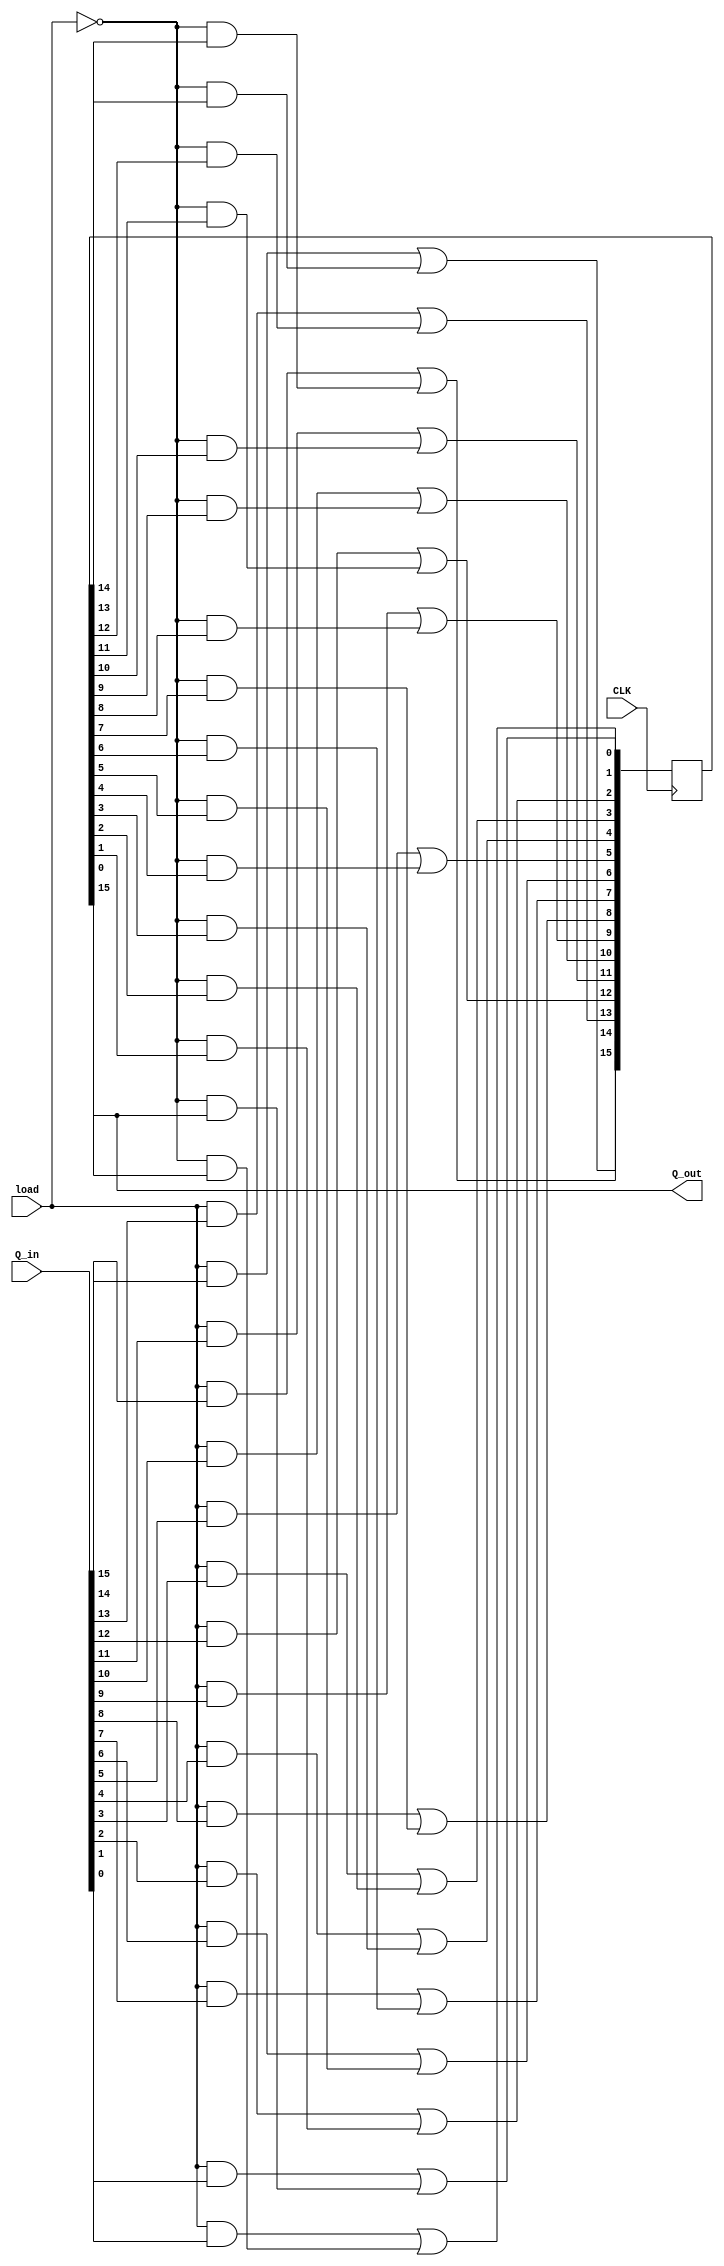
`timescale 1ns / 1ps

module pulse_generator(
    input [15:0] Q_in,
    input [0:0] CLK,
    input [0:0] load,
    output [0:0] Q_out
    );

    reg [15: 0] Q_ara;
    
     always@(posedge CLK) begin
          Q_ara[15] <= (load & Q_in[15]) | (~load & Q_ara[14]);
          Q_ara[14] <= (load & Q_in[14]) | (~load & Q_ara[13]);
          Q_ara[13] <= (load & Q_in[13]) | (~load & Q_ara[12]);
          Q_ara[12] <= (load & Q_in[12]) | (~load & Q_ara[11]);
          Q_ara[11] <= (load & Q_in[11]) | (~load & Q_ara[10]);
          Q_ara[10] <= (load & Q_in[10]) | (~load & Q_ara[9]);
          Q_ara[9] <= (load & Q_in[9]) | (~load & Q_ara[8]);
          Q_ara[8] <= (load & Q_in[8]) | (~load & Q_ara[7]);
          Q_ara[7] <= (load & Q_in[7]) | (~load & Q_ara[6]);
          Q_ara[6] <= (load & Q_in[6]) | (~load & Q_ara[5]);
          Q_ara[5] <= (load & Q_in[5]) | (~load & Q_ara[4]);
          Q_ara[4] <= (load & Q_in[4]) | (~load & Q_ara[3]);
          Q_ara[3] <= (load & Q_in[3]) | (~load & Q_ara[2]);
          Q_ara[2] <= (load & Q_in[2]) | (~load & Q_ara[1]);
          Q_ara[1] <= (load & Q_in[1]) | (~load & Q_ara[0]);
          Q_ara[0] <= (load & Q_in[0]) | (~load & Q_ara[15]);
       end
       
       assign Q_out = Q_ara[15];

endmodule